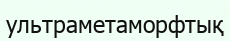
ультраметаморфтық